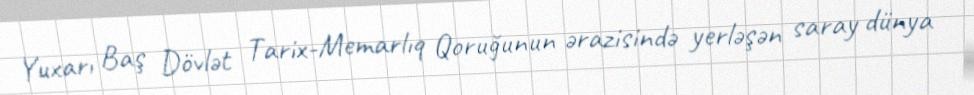
Yuxarı Baş Dövlət Tarix-Memarlıq Qoruğunun ərazisində yerləşən saray dünya